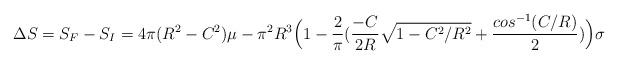
LaTeX: \begin{align*}{\Delta}S = S_F - S_I = 4{\pi}(R^2 - C^2){\mu} - {\pi}^{2}R^{3}\Big(1 - \frac{2}{\pi}(\frac{-C}{2R}{\sqrt {1 - C^{2}/R^2}}+ \frac{cos^{-1}(C/R)}{2}) \Big) {\sigma}\end{align*}